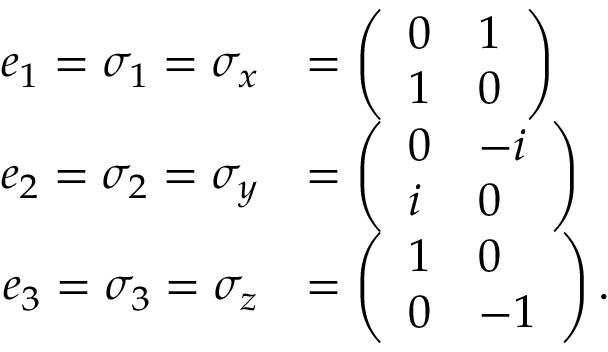
{ \begin{array} { r l } { e _ { 1 } = \sigma _ { 1 } = \sigma _ { x } } & { = { \left( \begin{array} { l l } { 0 } & { 1 } \\ { 1 } & { 0 } \end{array} \right) } } \\ { e _ { 2 } = \sigma _ { 2 } = \sigma _ { y } } & { = { \left( \begin{array} { l l } { 0 } & { - i } \\ { i } & { 0 } \end{array} \right) } } \\ { e _ { 3 } = \sigma _ { 3 } = \sigma _ { z } } & { = { \left( \begin{array} { l l } { 1 } & { 0 } \\ { 0 } & { - 1 } \end{array} \right) } \, . } \end{array} }